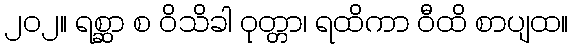
၂၀၂။ ရစ္ဆာ စ ဝိသိခါ ဝုတ္တာ၊ ရထိကာ ဝီထိ စာပျထ။